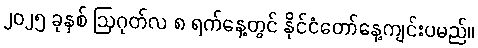
၂၀၂၅ ခုနှစ် ဩဂုတ်လ ၈ ရက်နေ့တွင် နိုင်ငံတော်နေ့ကျင်းပမည်။